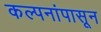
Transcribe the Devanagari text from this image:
कल्पनांपासून